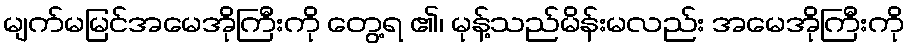
မျက်မမြင်အမေအိုကြီးကို တွေ့ရ ၏၊ မုန့်သည်မိန်းမလည်း အမေအိုကြီးကို